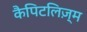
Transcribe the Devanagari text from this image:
कैपिटलिज़्म